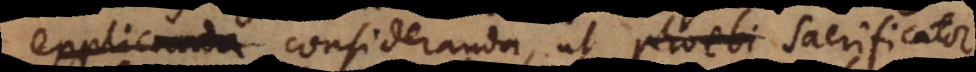
explicanda consideranda, ut Phoebi sacrificator